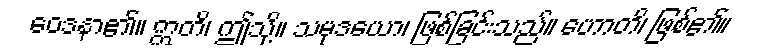
ဝေဒနာ၏။ ဣတိ၊ ဤသို့။ သမုဒယော၊ ဖြစ်ခြင်းသည်။ ဟောတိ၊ ဖြစ်၏။